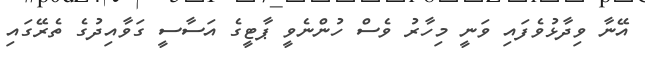
އޭނާ ވިދާޅުވެފައި ވަނީ މިހާރު ވެސް ހުންނެވީ ޕާޓީގެ އަސާސީ ގަވާއިދުގެ ތެރޭގައި